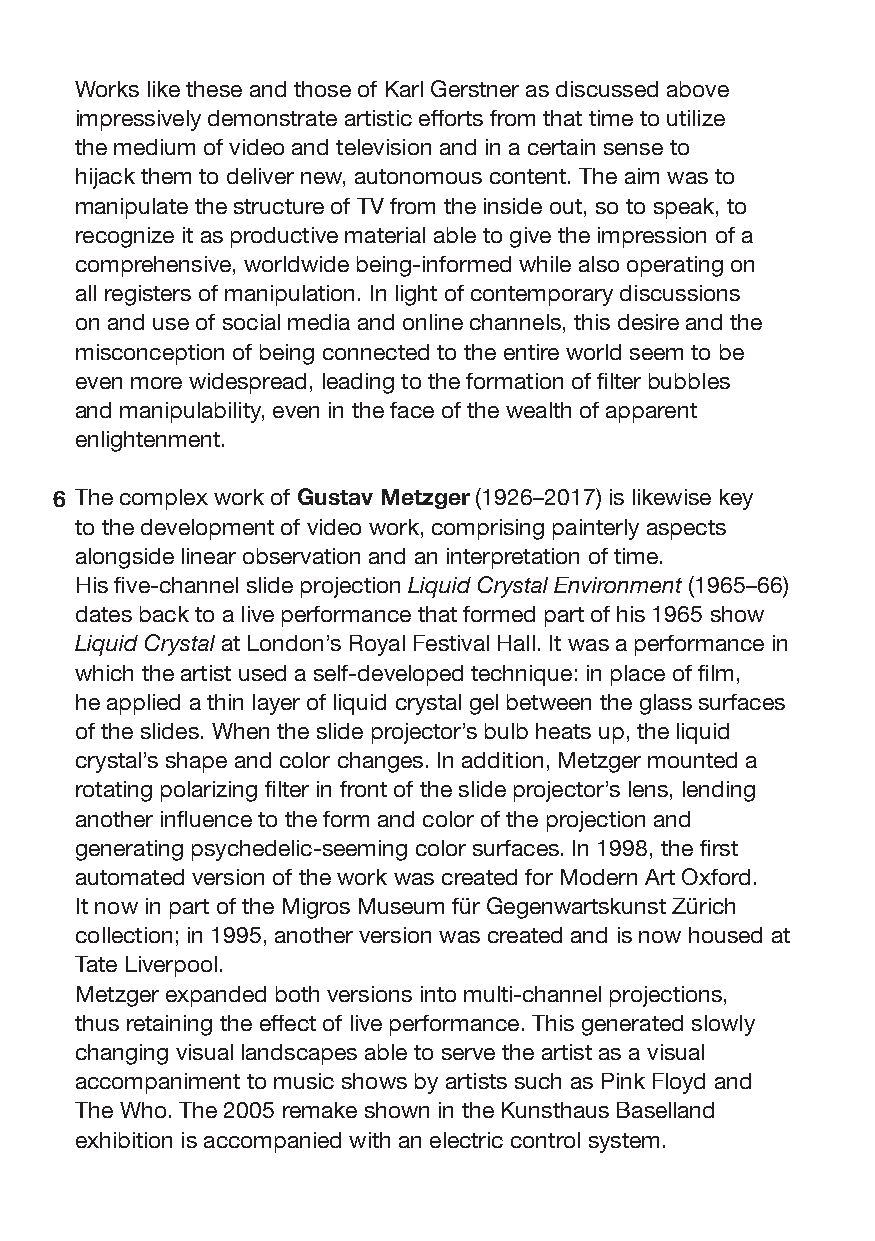
Works like these and those of Karl Gerstner as discussed above
 impressively demonstrate artistic efforts from that time to utilize
 the medium of video and television and in a certain sense to
 hijack them to deliver new, autonomous content. The aim was to
 manipulate the structure of TV from the inside out, so to speak, to
 recognize it as productive material able to give the impression of a
 comprehensive, worldwide being-informed while also operating on
 all registers of manipulation. In light of contemporary discussions
 on and use of social media and online channels, this desire and the
 misconception of being connected to the entire world seem to be
 even more widespread, leading to the formation of filter bubbles
 and manipulability, even in the face of the wealth of apparent
 enlightenment.
 6 The complex work of Gustav Metzger (1926–2017) is likewise key
 to the development of video work, comprising painterly aspects
 alongside linear observation and an interpretation of time.
 His five-channel slide projection Liquid Crystal Environment (1965–66)
 dates back to a live performance that formed part of his 1965 show
 Liquid Crystal at London’s Royal Festival Hall. It was a performance in
 which the artist used a self-developed technique: in place of film,
 he applied a thin layer of liquid crystal gel between the glass surfaces
 of the slides. When the slide projector’s bulb heats up, the liquid
 crystal’s shape and color changes. In addition, Metzger mounted a
 rotating polarizing filter in front of the slide projector’s lens, lending
 another influence to the form and color of the projection and
 generating psychedelic-seeming color surfaces. In 1998, the first
 automated version of the work was created for Modern Art Oxford.
 It now in part of the Migros Museum für Gegenwartskunst Zürich
 collection; in 1995, another version was created and is now housed at
 Tate Liverpool.
 Metzger expanded both versions into multi-channel projections,
 thus retaining the effect of live performance. This generated slowly
 changing visual landscapes able to serve the artist as a visual
 accompaniment to music shows by artists such as Pink Floyd and
 The Who. The 2005 remake shown in the Kunsthaus Baselland
 exhibition is accompanied with an electric control system.